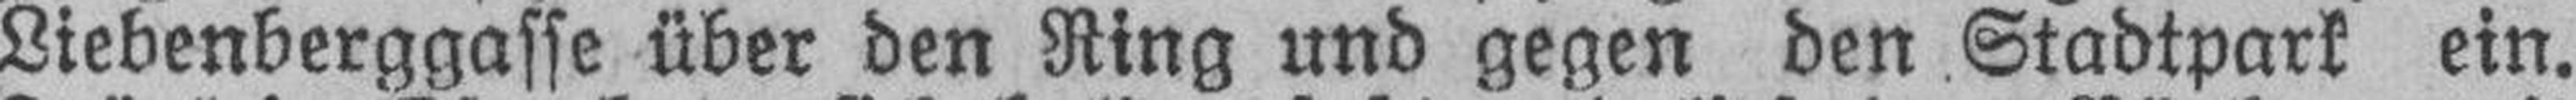
Liebenberggasse über den Ring und gegen den Stadtpark ein.